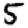
Digit: 5